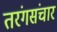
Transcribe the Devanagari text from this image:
तरंगसंचार